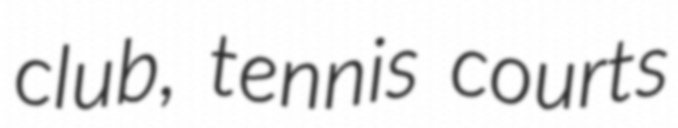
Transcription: club, tennis courts